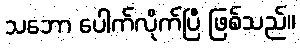
သဘော ပေါက်လိုက်ပြီ ဖြစ်သည်။